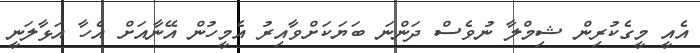
އެއީ މީގެކުރިން ޝިމްލާ ނުވެސް ދަންނަ ބަޔަކަށްވާއިރު އެމީހުން އޭނާއަށް އެހާ އަޅާލަނީ